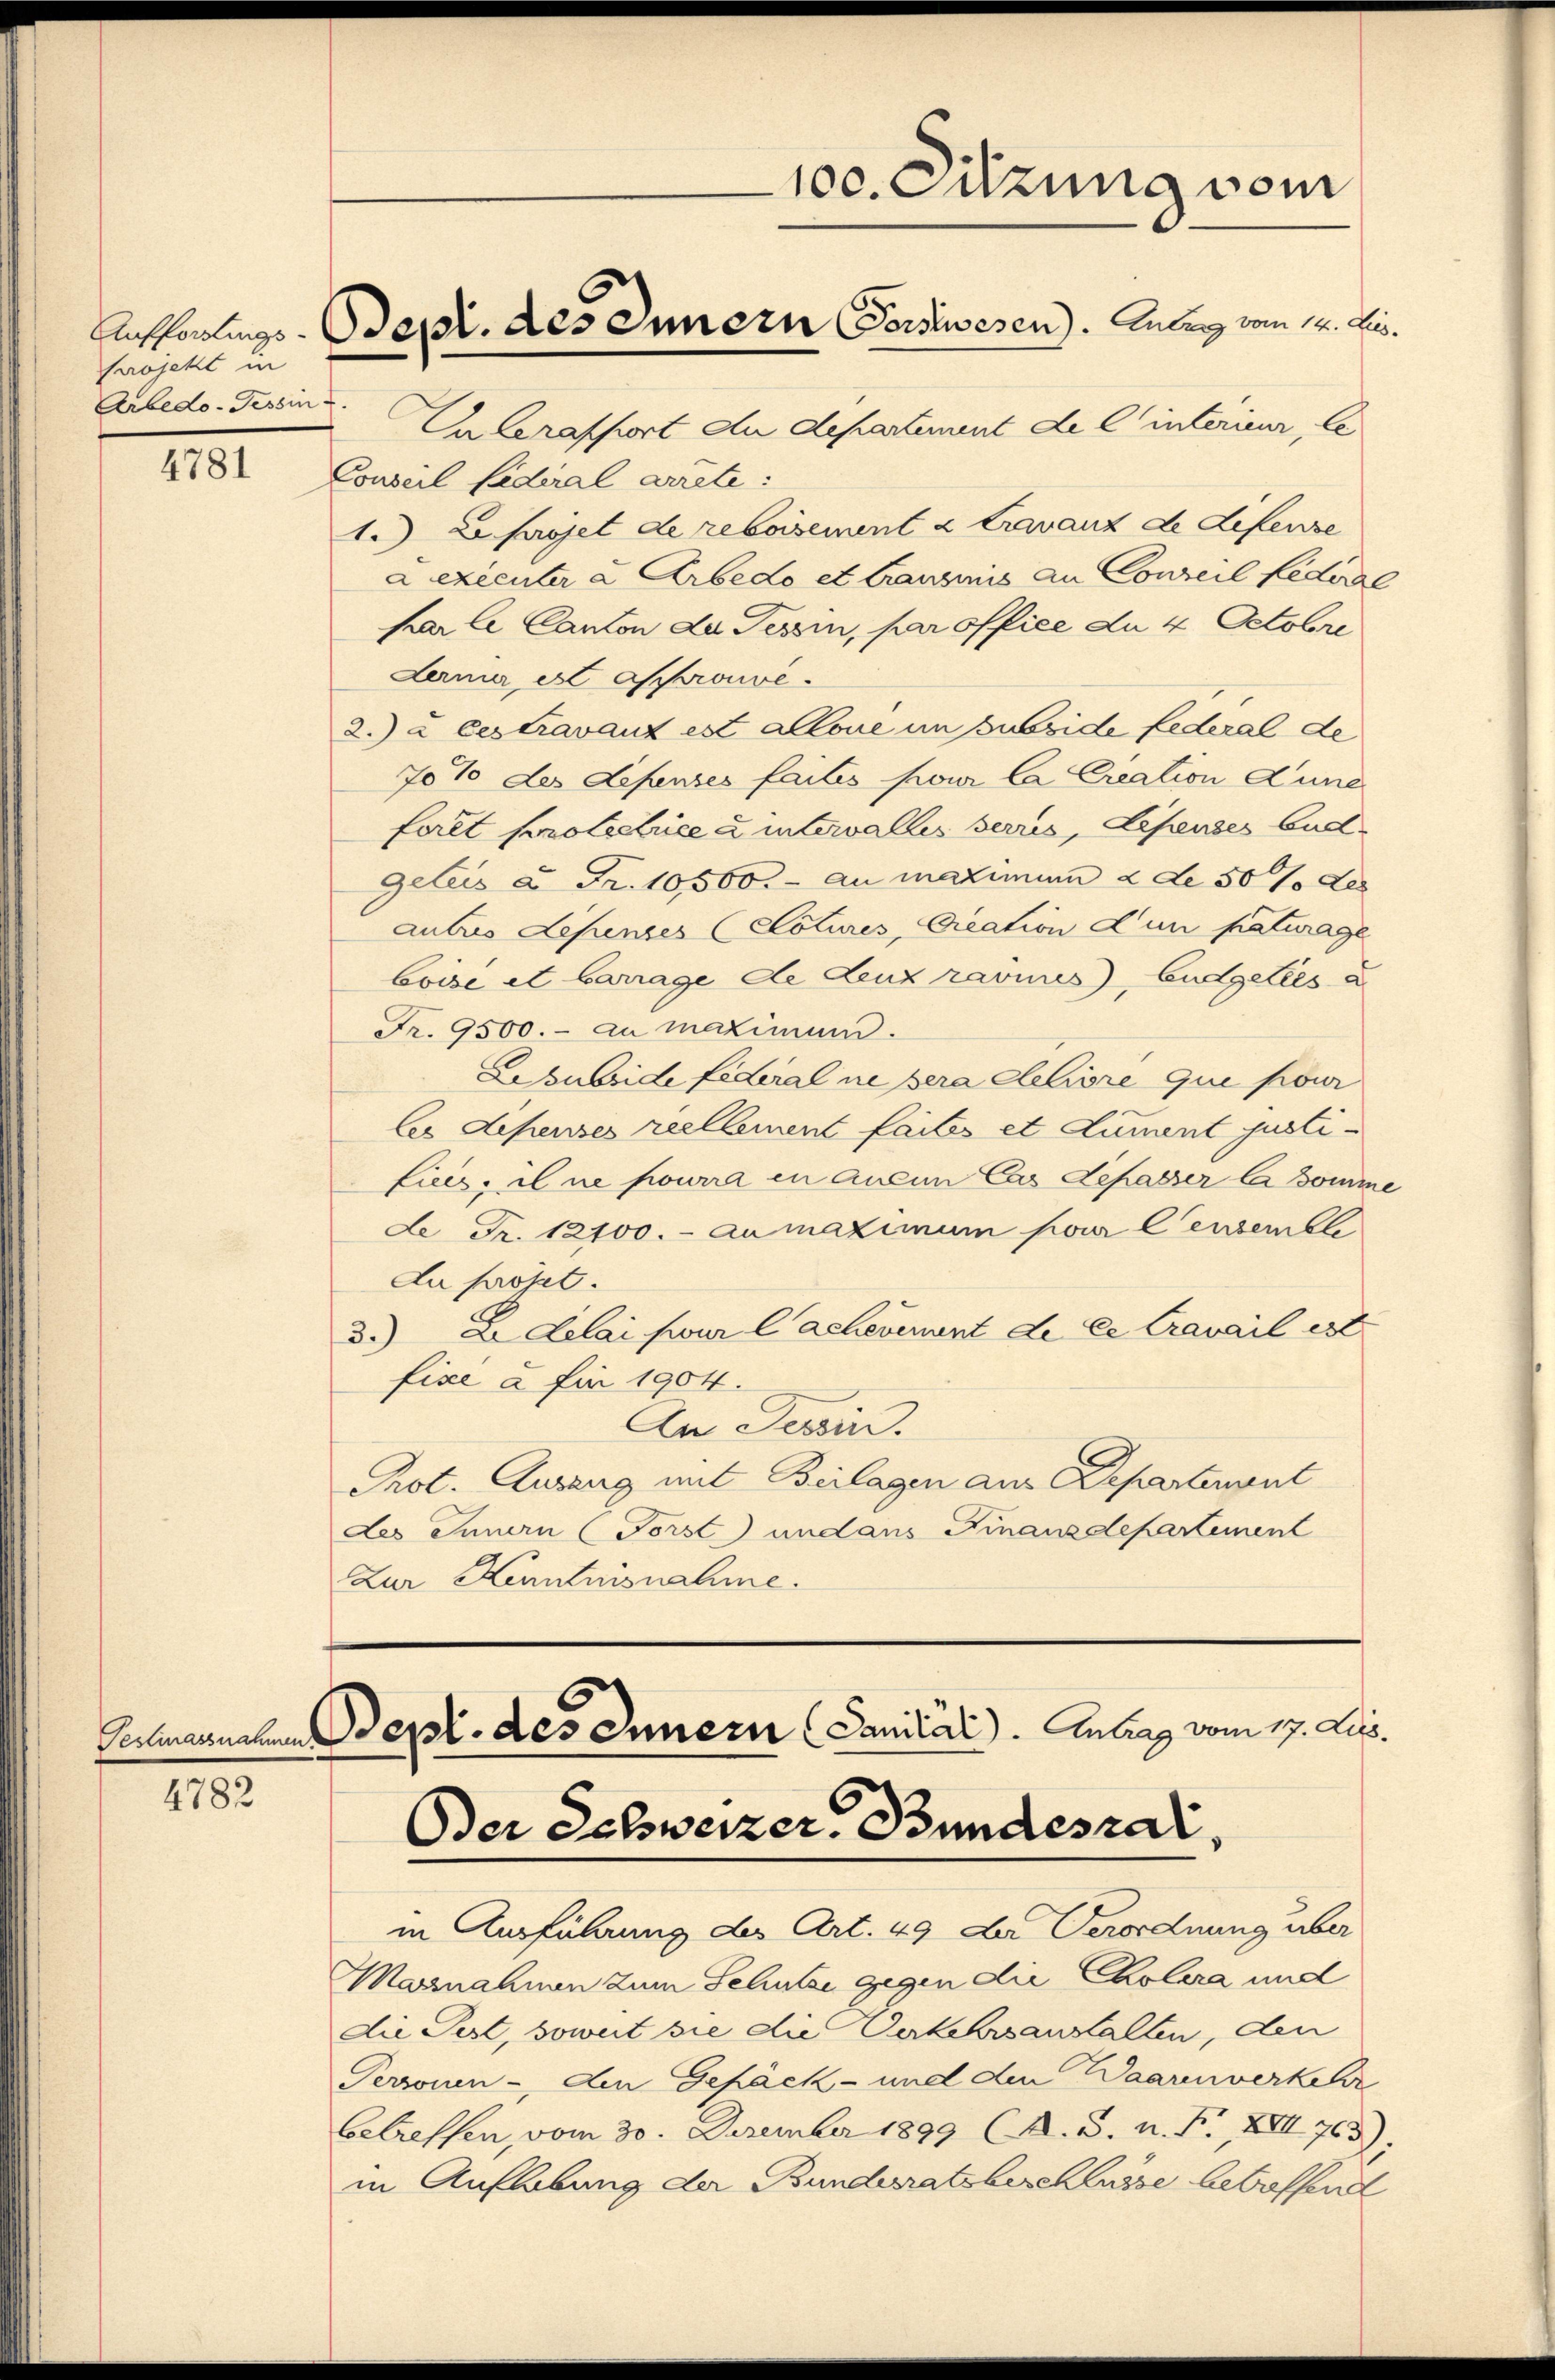
Aufforstings-
Projekt in
Arbedo-Tessin

4781

4782

Da Serasport du departement de C interieur, le
Conseil Lederal arrete:
1.) Es projet de reboisement à travanz de Lefense
L exécuter & Arbedo et Cransmis an Conseil Ledige
par le Canton de Tessin, par office du 4 Octobre
Leni est Save¬
2.) à ces travant est allone im zweide Lederal de
70% des Lefenses faites pour la Creation Zune
foret protectrice à intervalles verris, Lesendes Bud¬
Geleis à Fr. 10500.- au maximum 2 de 50 % des
autres Lepenses (Cotures, Greation d’un paturage
boisé et barrage de Lenz ravies), Budgettes a
Fr. 9500.- zu maximum.
Lesubside Federal ne pera eleliore que four
les depenses reellement faites et Sument justifius, il ne pourra en aucun Cas Depasser la Bomme
de Fr. 12100.- aumaximum pour Censemble
du projet.
3.) Adelai sur lachevenant de ce travail est
fixe à für 1904.
An Tessin.
Prot. Auszug mit Beilagen aus Departenvent
des Innern (Forst undans Finanzdepartement
Zur Kenntnisnahme.

100. Sitzung vom
Sept. des Innern Vorstwesen). Anberg vom 12. Jes.

in Ausführung des Art. 49 der Verordnung über
Mornahmen zum Schutze gegen die Cholera und
die Pest, soweit sie die Verkehrsanstalten, den
Personen - den Gepäck- und den Waarenverkehr
betreffen, vom 30. Dezember 1899 (A. 3. n. F. XIII 763)
in Aufhebung der Bunderatsbeschlusse beboffend

Senmannenen Sept. des Innern (Janiiai). Antrag vom 17. Leo.
Oder Schweizer, Bundesrat,